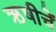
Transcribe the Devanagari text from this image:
ऋषीचें